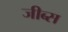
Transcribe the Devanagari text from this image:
जीब्स